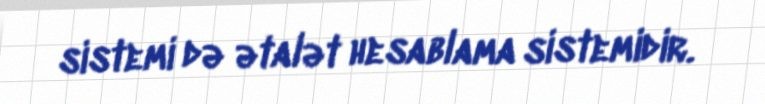
sistemi də ətalət hesablama sistemidir.